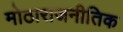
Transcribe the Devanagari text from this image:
मोठाराजनीतिक